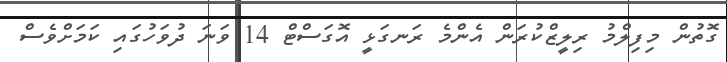
ގޮތުން މިފިލްމު ރިލީޒްކުރަން އެންމެ ރަނގަޅީ އޮގަސްޓް 14 ވަނަ ދުވަހުގައި ކަމަށްވެސް